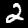
Label: 2